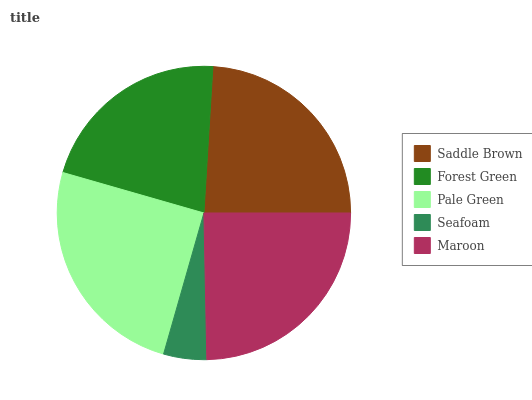
| Saddle Brown | Forest Green | Pale Green | Seafoam | Maroon |
 | --- | --- | --- | --- | --- |
 | 24.1% | 21.5% | 25% | 4.75% | 24.7% |